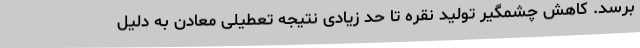
برسد. کاهش چشمگیر تولید نقره تا حد زیادی نتیجه تعطیلی معادن به دلیل